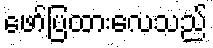
ဖော်ပြထားလေသည်